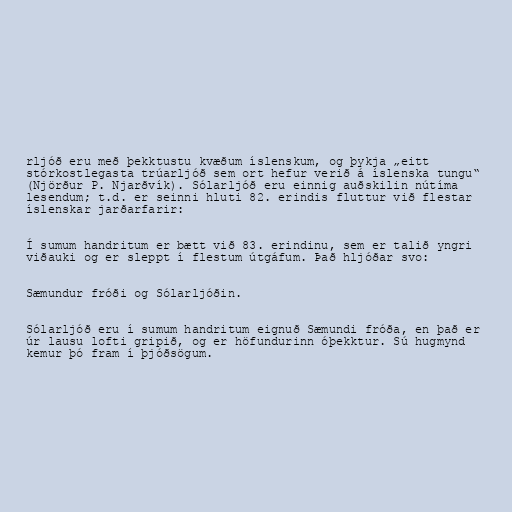
rljóð eru með þekktustu kvæðum íslenskum, og þykja „eitt
stórkostlegasta trúarljóð sem ort hefur verið á íslenska tungu“
(Njörður P. Njarðvík). Sólarljóð eru einnig auðskilin nútíma
lesendum; t.d. er seinni hluti 82. erindis fluttur við flestar
íslenskar jarðarfarir:

Í sumum handritum er bætt við 83. erindinu, sem er talið yngri
viðauki og er sleppt í flestum útgáfum. Það hljóðar svo:

Sæmundur fróði og Sólarljóðin.

Sólarljóð eru í sumum handritum eignuð Sæmundi fróða, en það er
úr lausu lofti gripið, og er höfundurinn óþekktur. Sú hugmynd
kemur þó fram í þjóðsögum.